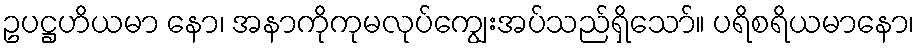
ဥပဋ္ဌဟိယမာ နော၊ အနာကိုကုမလုပ်ကျွေးအပ်သည်ရှိသော်။ ပရိစရိယမာနော၊